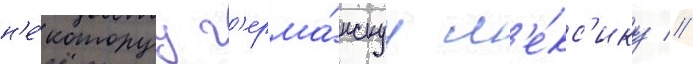
н'е́которуу г'ерма́нскуу л'е́кс'ику //